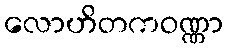
လောဟိတကဝဏ္ဏာ